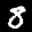
Label: 8